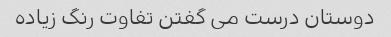
دوستان درست می گفتن تفاوت رنگ زیاده